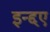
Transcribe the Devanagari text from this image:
इन्द्दए